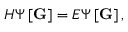
H \Psi \left[ \mathbf { G } \right] = E \Psi \left[ \mathbf { G } \right] ,